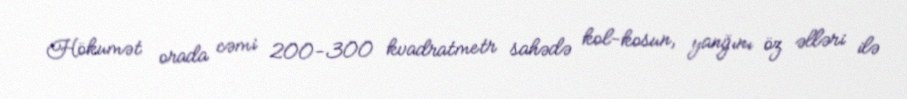
Hökumət orada cəmi 200-300 kvadratmetr sahədə kol-kosun, yanğını öz əlləri ilə